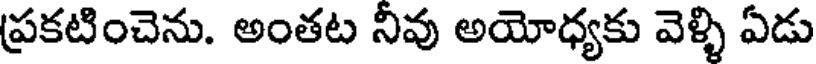
ప్రకటించెను. అంతట నీవు అయోధ్యకు వెళ్ళి ఏడు